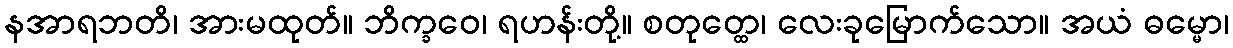
နအာရဘတိ၊ အားမထုတ်။ ဘိက္ခဝေ၊ ရဟန်းတို့။ စတုတ္ထေ၊ လေးခုမြောက်သော။ အယံ ဓမ္မော၊